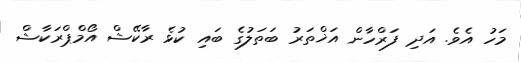
މަހު އެވެ. އަދި ފަރްހާން އަޚްތަރު ބަތަލުގެ ބައި ކުޅެ ރާކޭޝް އޯމްޕްރަކާޝް